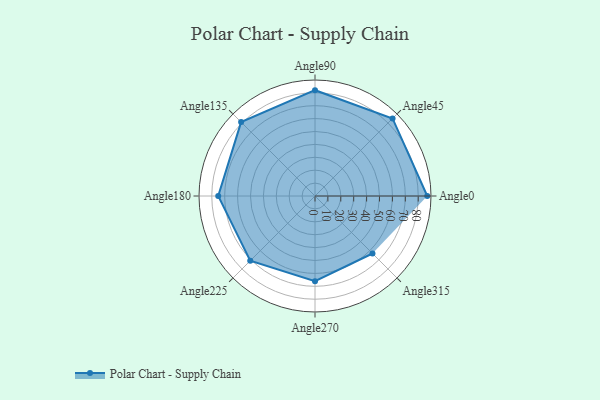
{"axis": {"x": "Angle", "y": "Radius"}, "legend": [""], "data": [{"x": "Angle0", "y": 87.0, "type": ""}, {"x": "Angle45", "y": 85.0, "type": ""}, {"x": "Angle90", "y": 82.0, "type": ""}, {"x": "Angle135", "y": 81.0, "type": ""}, {"x": "Angle180", "y": 75.0, "type": ""}, {"x": "Angle225", "y": 71.0, "type": ""}, {"x": "Angle270", "y": 66.0, "type": ""}, {"x": "Angle315", "y": 63.0, "type": ""}]}